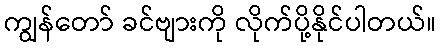
ကျွန်တော် ခင်ဗျားကို လိုက်ပို့နိုင်ပါတယ်။